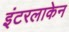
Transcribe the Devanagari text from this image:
इंटरलाकेन